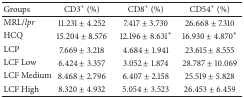
<table><thead><tr><td><b>Groups</b></td><td><b>CD3<sup>+</sup> (%)</b></td><td><b>CD8<sup>+</sup> (%)</b></td><td><b>CD54<sup>+</sup> (%)</b></td></tr></thead><tbody><tr><td>MRL/<i>lpr</i></td><td>11.231 ± 4.252</td><td>7.417 ± 3.730</td><td>26.668 ± 7.310</td></tr><tr><td>HCQ</td><td>15.204 ± 8.576</td><td>12.196 ± 8.631<sup><i>∗</i></sup></td><td>16.930 ± 4.870<sup><i>∗</i></sup></td></tr><tr><td>LCP</td><td>7.669 ± 3.218</td><td>4.684 ± 1.941</td><td>23.615 ± 8.555</td></tr><tr><td>LCF Low</td><td>6.424 ± 3.357</td><td>3.052 ± 1.874</td><td>28.787 ± 10.069</td></tr><tr><td>LCF Medium</td><td>8.468 ± 2.796</td><td>6.407 ± 2.158</td><td>25.519 ± 5.828</td></tr><tr><td>LCF High</td><td>8.320 ± 4.932</td><td>5.054 ± 3.523</td><td>26.453 ± 6.459</td></tr></tbody></table>